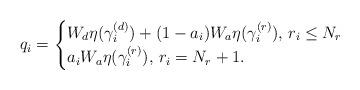
LaTeX: \begin{align*}q_i = \begin{cases}W_d\eta(\gamma^{(d)}_i)+(1-a_i)W_a\eta(\gamma^{(r)}_i) \mbox{, $r_i\leq N_r$}\\a_iW_a\eta(\gamma^{(r)}_i) \mbox{, $r_i= N_r+1$.}\end{cases}\end{align*}